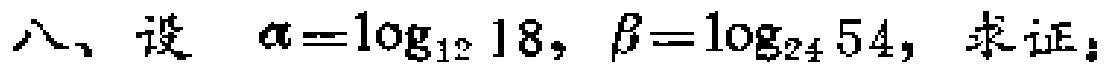
八、设 $\alpha=\log_{12}18,\beta=\log_{24}54,$ 求证：